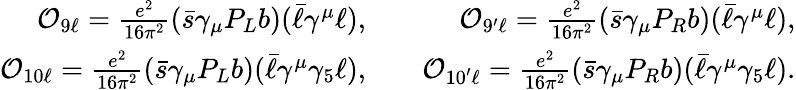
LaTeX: \begin{array}{rlr}{{\cal O}_{9\ell}=\frac{e^{2}}{16\pi^{2}}(\bar{s}\gamma_{\mu}P_{L}b)(\bar{\ell}\gamma^{\mu}\ell),}&{{}}&{{\cal O}_{9^{\prime}\ell}=\frac{e^{2}}{16\pi^{2}}(\bar{s}\gamma_{\mu}P_{R}b)(\bar{\ell}\gamma^{\mu}\ell),}\\ {{\cal O}_{10\ell}=\frac{e^{2}}{16\pi^{2}}(\bar{s}\gamma_{\mu}P_{L}b)(\bar{\ell}\gamma^{\mu}\gamma_{5}\ell),}&{{}}&{{\cal O}_{10^{\prime}\ell}=\frac{e^{2}}{16\pi^{2}}(\bar{s}\gamma_{\mu}P_{R}b)(\bar{\ell}\gamma^{\mu}\gamma_{5}\ell).}\end{array}